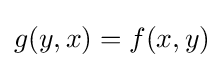
g(y,x)=f(x,y)